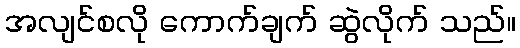
အလျင်စလို ကောက်ချက် ဆွဲလိုက် သည်။